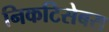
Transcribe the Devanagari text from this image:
निकटिसेबस